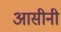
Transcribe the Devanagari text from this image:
आसीनी